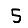
Digit: 5